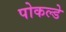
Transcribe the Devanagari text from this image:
पोकल्डे